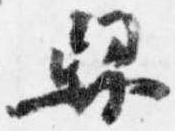
舁